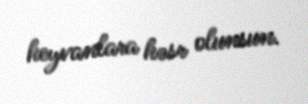
heyvanlara həsr olunsun.